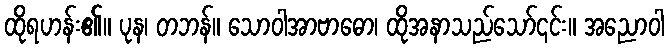
ထိုရဟန်း၏။ ပုန၊ တဘန်။ သောဝါအာဗာဓော၊ ထိုအနာသည်သော်၎င်း။ အညောဝါ